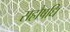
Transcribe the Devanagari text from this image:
सहौषधि